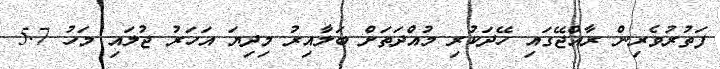
ފަތުރުވެރިން ރާއްޖޭގައި ހޭދަކުރި މުއްދަތަށް ބަލާއިރު މިދިޔަ އަހަރު ޖުލައި މަހު 5.7